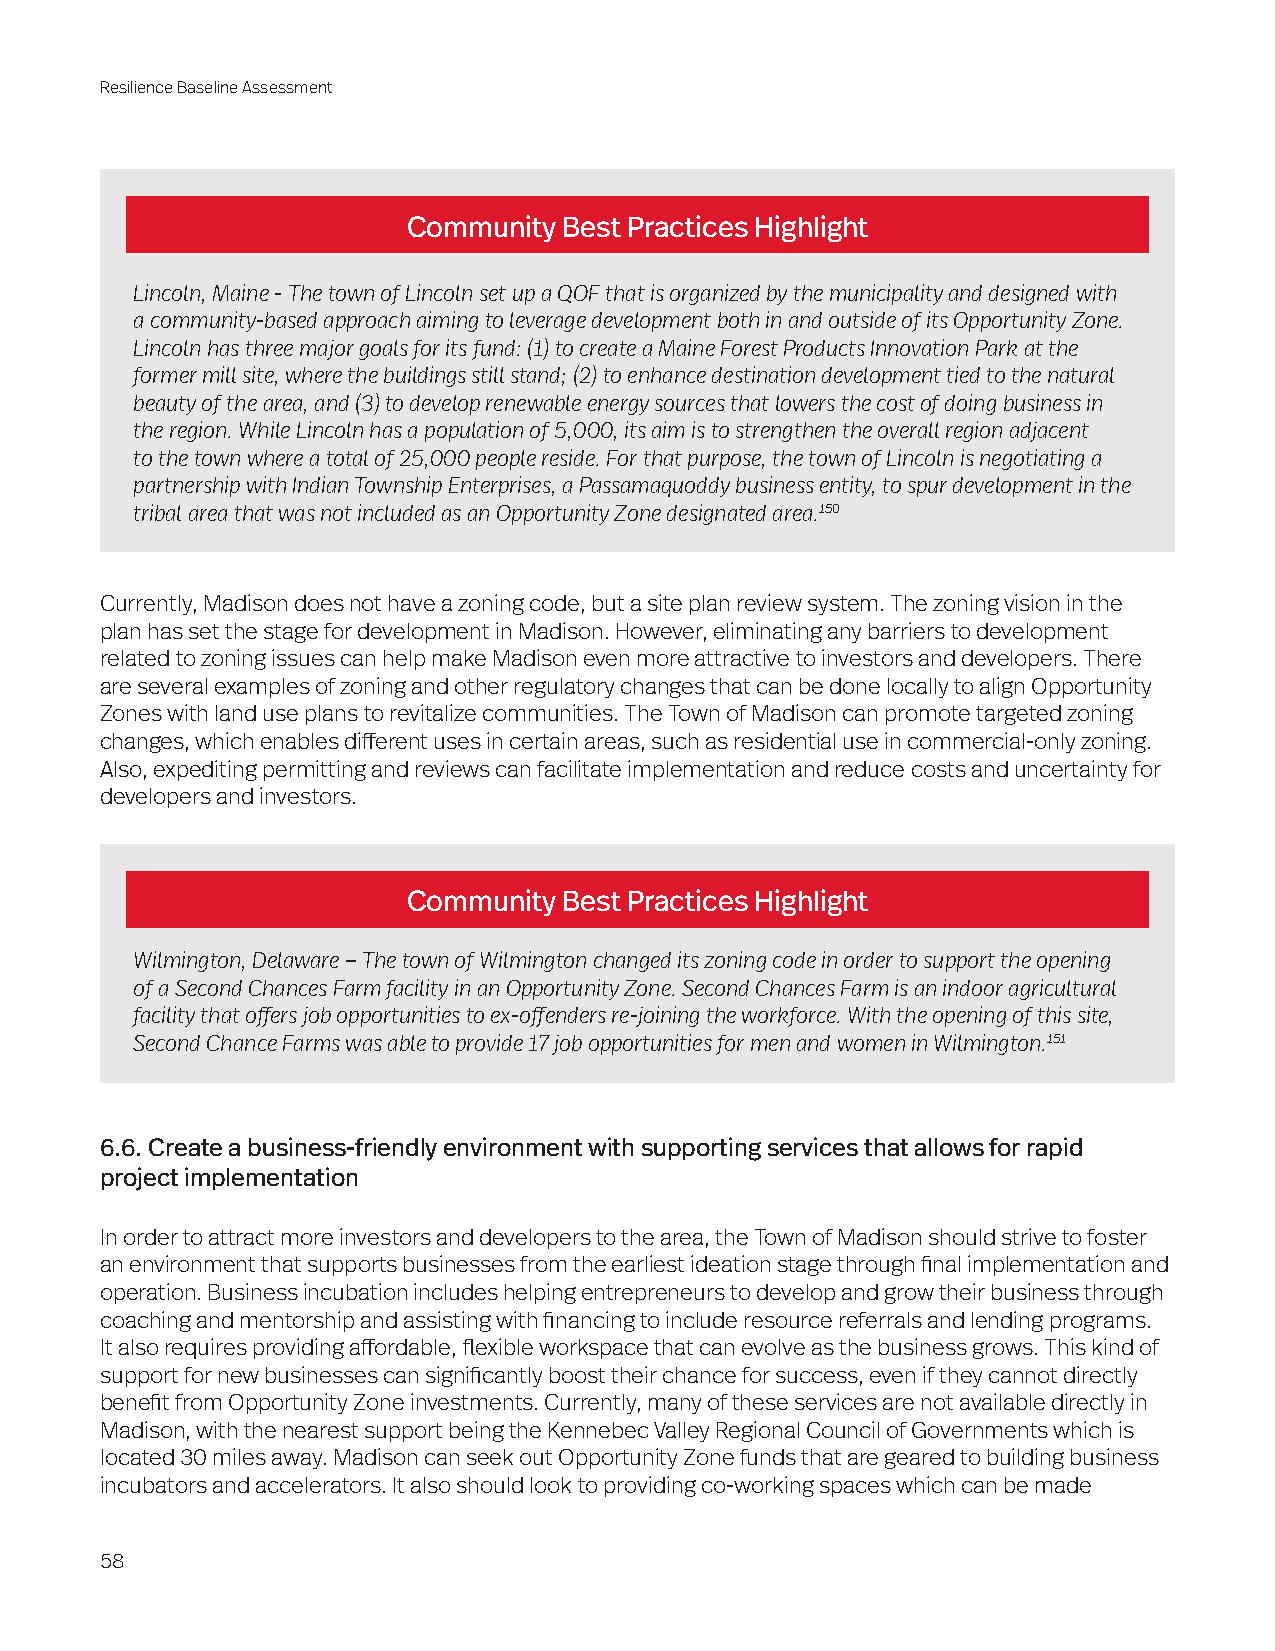
Resilience Baseline Assessment
 Community Best Practices Highlight
 Lincoln, Maine - The town of Lincoln set up a QOF that is organized by the municipality and designed with
 a community-based approach aiming to leverage development both in and outside of its Opportunity Zone.
 Lincoln has three major goals for its fund: (1) to create a Maine Forest Products Innovation Park at the
 former mill site, where the buildings still stand; (2) to enhance destination development tied to the natural
 beauty of the area, and (3) to develop renewable energy sources that lowers the cost of doing business in
 the region. While Lincoln has a population of 5,000, its aim is to strengthen the overall region adjacent
 to the town where a total of 25,000 people reside. For that purpose, the town of Lincoln is negotiating a
 partnership with Indian Township Enterprises, a Passamaquoddy business entity, to spur development in the
 tribal area that was not included as an Opportunity Zone designated area.150
 Currently, Madison does not have a zoning code, but a site plan review system. The zoning vision in the
 plan has set the stage for development in Madison. However, eliminating any barriers to development
 related to zoning issues can help make Madison even more attractive to investors and developers. There
 are several examples of zoning and other regulatory changes that can be done locally to align Opportunity
 Zones with land use plans to revitalize communities. The Town of Madison can promote targeted zoning
 changes, which enables different uses in certain areas, such as residential use in commercial-only zoning.
 Also, expediting permitting and reviews can facilitate implementation and reduce costs and uncertainty for
 developers and investors.
 Community Best Practices Highlight
 Wilmington, Delaware – The town of Wilmington changed its zoning code in order to support the opening
 of a Second Chances Farm facility in an Opportunity Zone. Second Chances Farm is an indoor agricultural
 facility that offers job opportunities to ex-offenders re-joining the workforce. With the opening of this site,
 Second Chance Farms was able to provide 17 job opportunities for men and women in Wilmington.151
 6.6. Create a business-friendly environment with supporting services that allows for rapid
 project implementation
 In order to attract more investors and developers to the area, the Town of Madison should strive to foster
 an environment that supports businesses from the earliest ideation stage through final implementation and
 operation. Business incubation includes helping entrepreneurs to develop and grow their business through
 coaching and mentorship and assisting with financing to include resource referrals and lending programs.
 It also requires providing affordable, flexible workspace that can evolve as the business grows. This kind of
 support for new businesses can significantly boost their chance for success, even if they cannot directly
 benefit from Opportunity Zone investments. Currently, many of these services are not available directly in
 Madison, with the nearest support being the Kennebec Valley Regional Council of Governments which is
 located 30 miles away. Madison can seek out Opportunity Zone funds that are geared to building business
 incubators and accelerators. It also should look to providing co-working spaces which can be made
 58